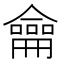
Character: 龠